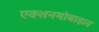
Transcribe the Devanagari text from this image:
एक्शनमोबाइल